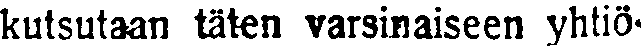
kutsutaan täten varsinaiseen yhtiö-